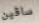
ساقين